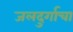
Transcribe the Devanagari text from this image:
जलदुर्गाचा